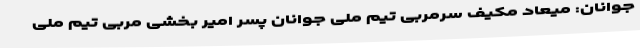
جوانان: میعاد مکیف سرمربی تیم ملی جوانان پسر امیر بخشی مربی تیم ملی